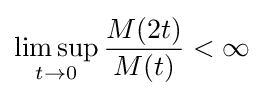
\limsup _{t\to 0}{\frac {M(2t)}{M(t)}}<\infty